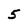
Character: 5